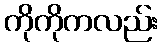
ကိုကိုကလည်း